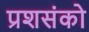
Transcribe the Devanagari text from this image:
प्रशसंको